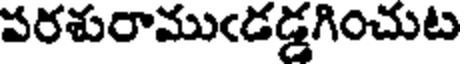
పరశురాముఁడడ్డగించుట